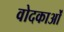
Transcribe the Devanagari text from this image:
वोदकाओं